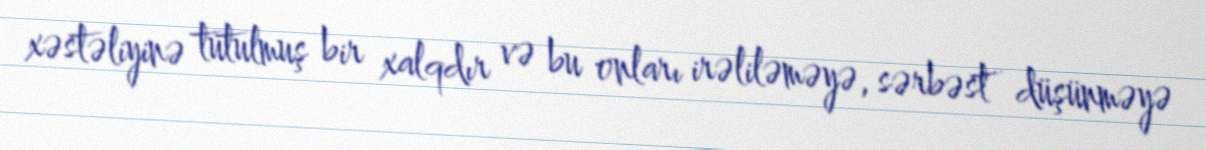
xəstəliyinə tutulmuş bir xalqdır və bu onları irəliləməyə, sərbəst düşünməyə